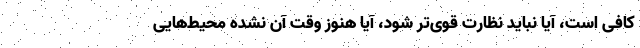
کافی است، آیا نباید نظارت قوی‌تر شود، آیا هنوز وقت آن نشده محیط‌هایی